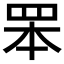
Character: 𦊚